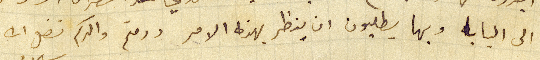
الى البابا وبها يطلبون ان ينظر بهذا الامر ودمتم والدكم فضل الله